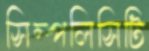
সিম্পলিসিটি